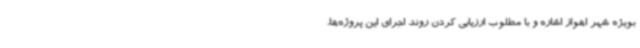
بویژه شهر اهواز اشاره و با مطلوب ارزیابی کردن روند اجرای این پروژه‌ها،